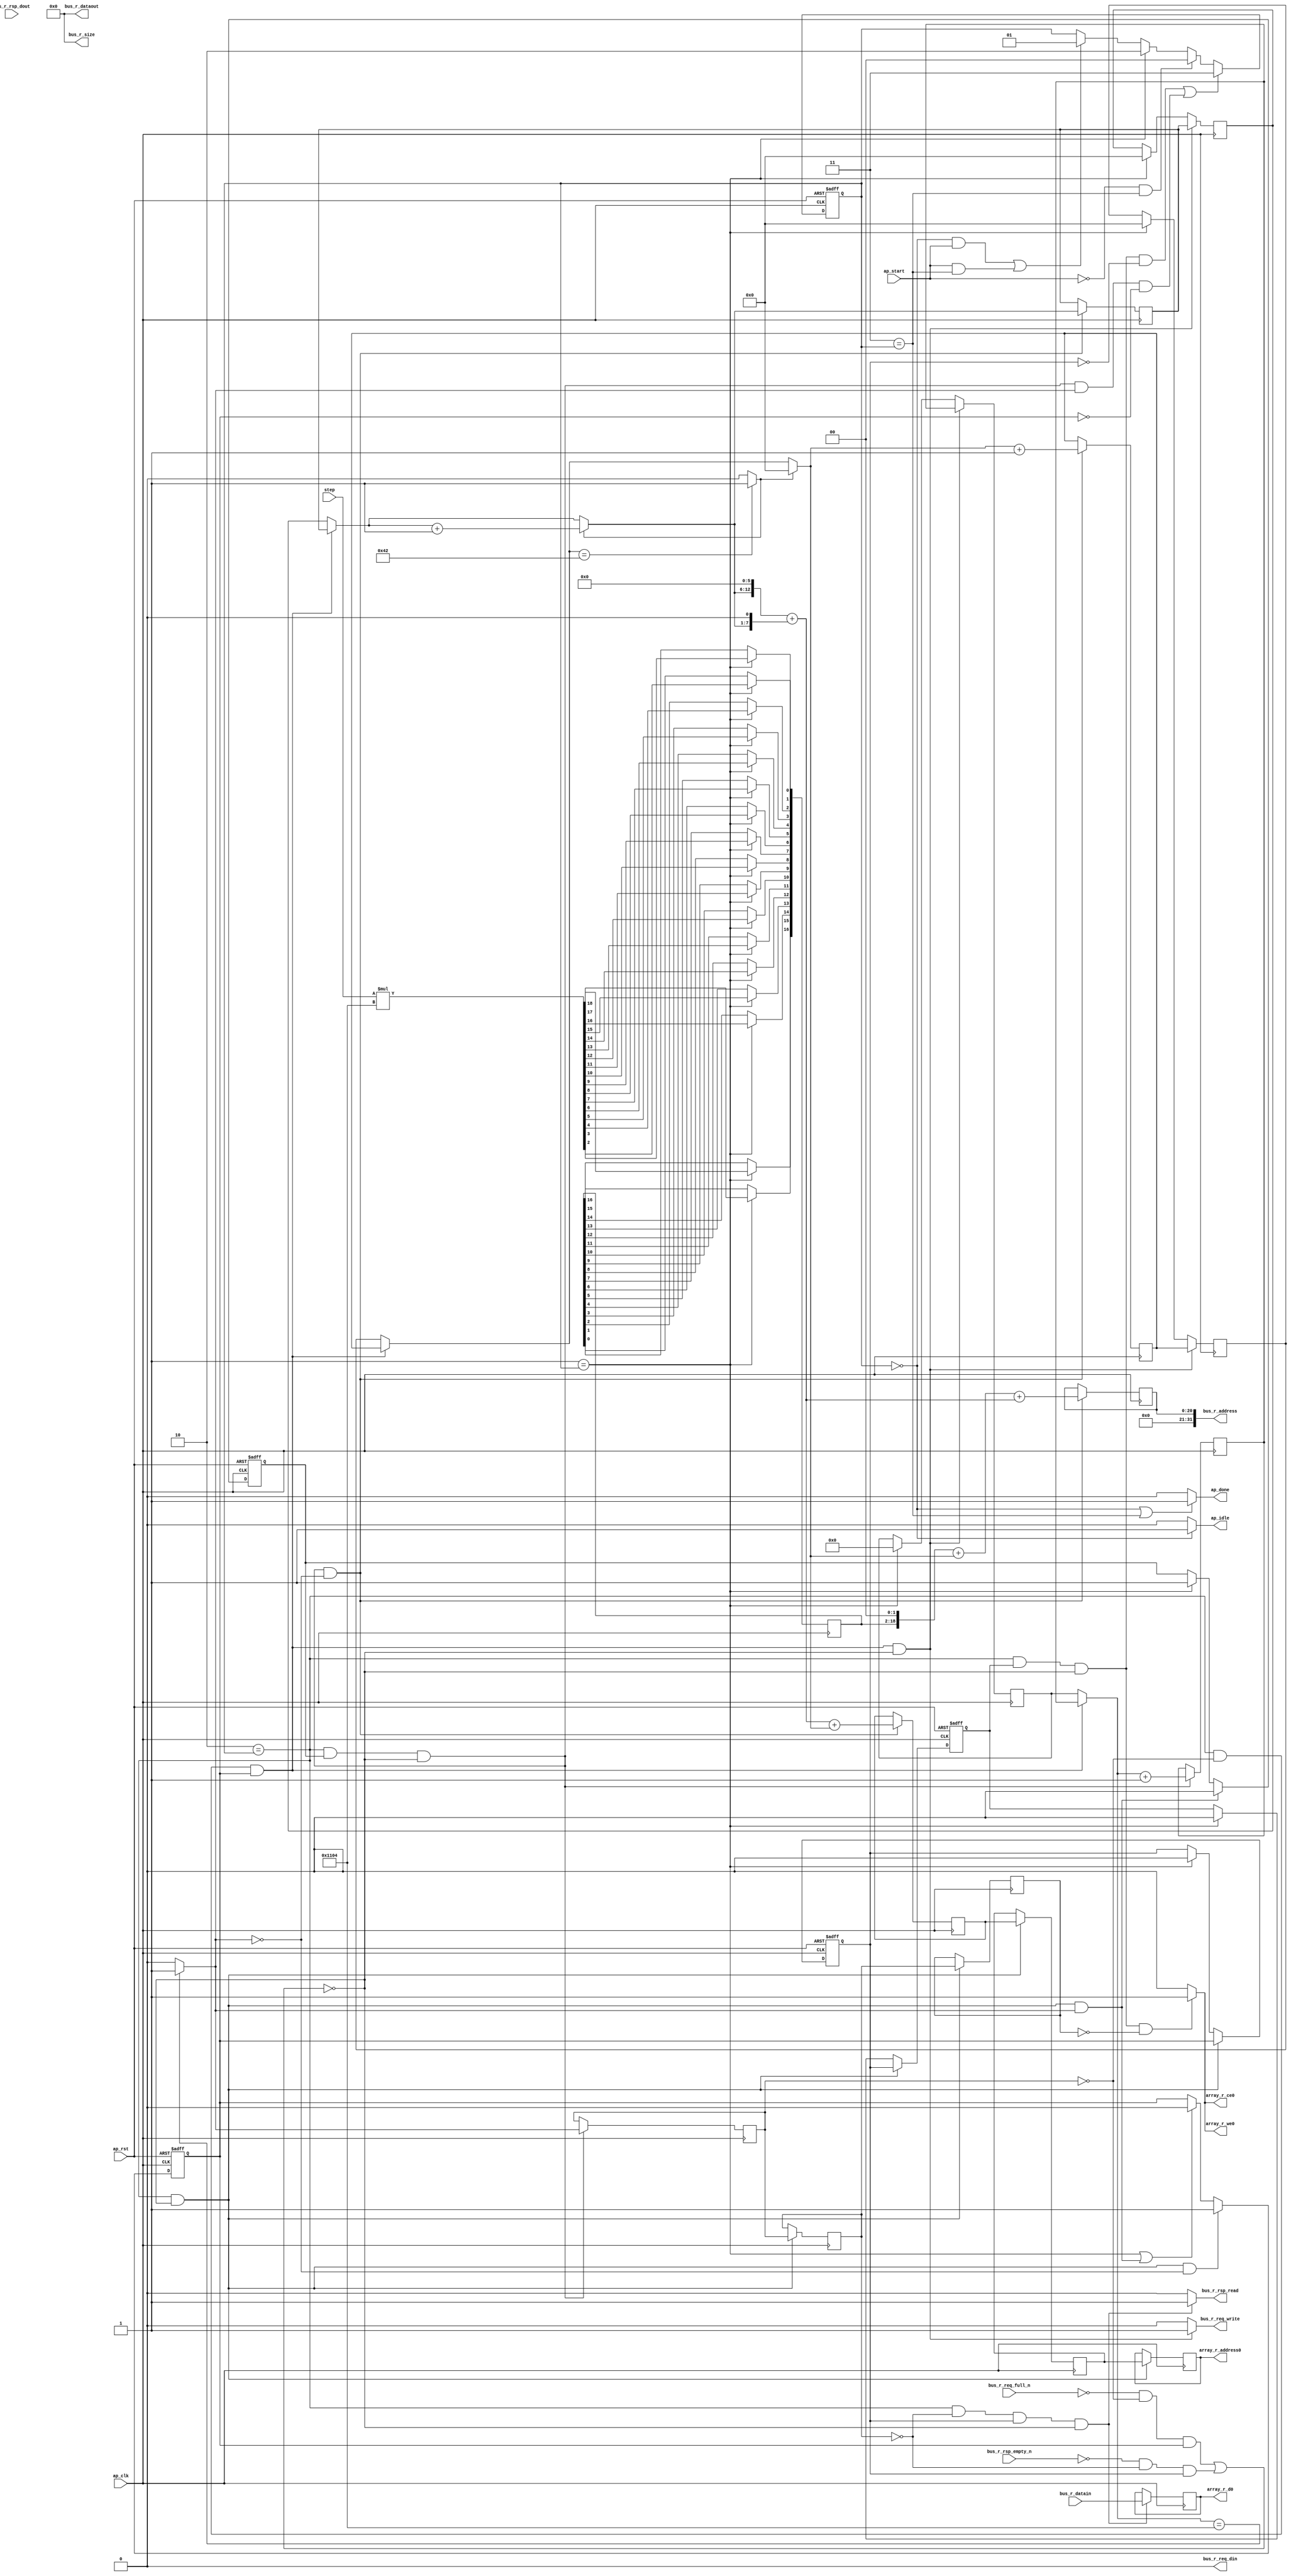
// ==============================================================
// RTL generated by AutoPilot - High-Level Synthesis System (C, C++, SystemC)
// Version: 2010.a.3
// Copyright (C) :2006-2010 AutoESL Design Technologies, Inc.
// 
// ===========================================================

`timescale 1 ns / 1 ps 

module fetch (
        ap_clk,
        ap_rst,
        ap_start,
        ap_done,
        ap_idle,
        step,
        bus_r_req_din,
        bus_r_req_full_n,
        bus_r_req_write,
        bus_r_rsp_dout,
        bus_r_rsp_empty_n,
        bus_r_rsp_read,
        bus_r_address,
        bus_r_datain,
        bus_r_dataout,
        bus_r_size,
        array_r_address0,
        array_r_ce0,
        array_r_we0,
        array_r_d0
);

input   ap_clk;
input   ap_rst;
input   ap_start;
output   ap_done;
output   ap_idle;
input  [5:0] step;
output   bus_r_req_din;
input   bus_r_req_full_n;
output   bus_r_req_write;
input   bus_r_rsp_dout;
input   bus_r_rsp_empty_n;
output   bus_r_rsp_read;
output  [31:0] bus_r_address;
input  [31:0] bus_r_datain;
output  [31:0] bus_r_dataout;
output  [31:0] bus_r_size;
output  [12:0] array_r_address0;
output   array_r_ce0;
output   array_r_we0;
output  [31:0] array_r_d0;

reg ap_done;
reg ap_idle;
reg bus_r_req_write;
reg bus_r_rsp_read;
reg array_r_ce0;
reg array_r_we0;
reg   [1:0] ap_CS_fsm;
reg   [12:0] indvar_flatten_reg_61;
reg   [6:0] i_reg_72;
reg   [6:0] j_reg_83;
wire   [19:0] tmp1_cast_fu_105_p1;
reg   [19:0] tmp1_cast_reg_224;
wire   [0:0] exitcond_fu_109_p2;
reg   [0:0] exitcond_reg_229;
reg    ap_reg_ppiten_pp0_it0;
reg    ap_sig_bdd_57;
reg    ap_reg_ppiten_pp0_it1;
reg   [0:0] ap_reg_ppstg_exitcond_reg_229_pp0_it1;
reg    ap_sig_bdd_65;
reg    ap_reg_ppiten_pp0_it2;
reg    ap_reg_ppiten_pp0_it3;
reg   [0:0] ap_reg_ppstg_exitcond_reg_229_pp0_it2;
reg   [12:0] indvar_next_reg_233;
wire   [6:0] i_mid_fu_141_p3;
reg   [6:0] i_mid_reg_238;
reg   [20:0] tmp3_reg_243;
reg   [12:0] array_addr_reg_248;
reg   [12:0] ap_reg_ppstg_array_addr_reg_248_pp0_it1;
reg   [12:0] ap_reg_ppstg_array_addr_reg_248_pp0_it2;
reg   [6:0] indvar_next1_reg_253;
reg   [31:0] bus_addr_read_reg_263;
reg   [12:0] indvar_flatten_phi_fu_65_p4;
reg   [6:0] i_phi_fu_76_p4;
reg   [6:0] j_phi_fu_87_p4;
wire   [31:0] array_addr1_cast_fu_220_p1;
wire   [63:0] tmp4_fu_210_p1;
wire   [5:0] tmp_fu_99_p0;
wire   [18:0] tmp_fu_99_p2;
wire   [12:0] exitcond_fu_109_p1;
wire   [6:0] exitcond1_fu_127_p1;
wire   [0:0] exitcond1_fu_127_p2;
wire   [6:0] indvar_next4_dup_fu_121_p2;
wire   [12:0] i_cast4_mid_fu_149_p1;
wire   [12:0] p_shl_fu_153_p2;
wire   [12:0] p_shl1_fu_159_p2;
wire   [12:0] tmp1_fu_165_p2;
wire   [6:0] j_mid_fu_133_p3;
wire   [19:0] j_cast_fu_175_p1;
wire   [19:0] tmp2_fu_179_p2;
wire   [20:0] tmp10_cast_fu_184_p1;
wire   [20:0] tmp9_cast_fu_171_p1;
wire   [12:0] tmp8_trn_cast_fu_194_p1;
reg   [1:0] ap_NS_fsm;
wire   [18:0] tmp_fu_99_p00;
parameter    ap_const_logic_1 = 1'b1;
parameter    ap_const_logic_0 = 1'b0;
parameter    ap_ST_st0_fsm_0 = 2'b00;
parameter    ap_ST_st1_fsm_1 = 2'b01;
parameter    ap_ST_pp0_stg0_fsm_2 = 2'b10;
parameter    ap_ST_st6_fsm_3 = 2'b11;
parameter    ap_const_lv1_0 = 1'b0;
parameter    ap_const_lv13_0 = 13'b0000000000000;
parameter    ap_const_lv7_0 = 7'b0000000;
parameter    ap_const_lv32_0 = 32'b00000000000000000000000000000000;
parameter    ap_const_lv19_1104 = 19'b0000001000100000100;
parameter    ap_const_lv13_1104 = 13'b1000100000100;
parameter    ap_const_lv13_1 = 13'b0000000000001;
parameter    ap_const_lv7_1 = 7'b0000001;
parameter    ap_const_lv7_42 = 7'b1000010;
parameter    ap_const_lv13_6 = 13'b0000000000110;
parameter    ap_true = 1'b1;




/// ap_CS_fsm assign process. ///
always @ (posedge ap_rst or posedge ap_clk)
begin : ap_ret_ap_CS_fsm
    if (ap_rst == 1'b1) begin
        ap_CS_fsm <= ap_ST_st0_fsm_0;
    end else begin
        ap_CS_fsm <= ap_NS_fsm;
    end
end

/// ap_reg_ppiten_pp0_it0 assign process. ///
always @ (posedge ap_rst or posedge ap_clk)
begin : ap_ret_ap_reg_ppiten_pp0_it0
    if (ap_rst == 1'b1) begin
        ap_reg_ppiten_pp0_it0 <= ap_const_logic_0;
    end else begin
        if (((ap_ST_pp0_stg0_fsm_2 == ap_CS_fsm) & ~((ap_sig_bdd_57 & (ap_const_logic_1 == ap_reg_ppiten_pp0_it1)) | (ap_sig_bdd_65 & (ap_const_logic_1 == ap_reg_ppiten_pp0_it2))) & ~(exitcond_fu_109_p2 == ap_const_lv1_0))) begin
            ap_reg_ppiten_pp0_it0 <= ap_const_logic_0;
        end else if ((ap_ST_st1_fsm_1 == ap_CS_fsm)) begin
            ap_reg_ppiten_pp0_it0 <= ap_const_logic_1;
        end
    end
end

/// ap_reg_ppiten_pp0_it1 assign process. ///
always @ (posedge ap_rst or posedge ap_clk)
begin : ap_ret_ap_reg_ppiten_pp0_it1
    if (ap_rst == 1'b1) begin
        ap_reg_ppiten_pp0_it1 <= ap_const_logic_0;
    end else begin
        if (((ap_ST_pp0_stg0_fsm_2 == ap_CS_fsm) & ~((ap_sig_bdd_57 & (ap_const_logic_1 == ap_reg_ppiten_pp0_it1)) | (ap_sig_bdd_65 & (ap_const_logic_1 == ap_reg_ppiten_pp0_it2))) & (exitcond_fu_109_p2 == ap_const_lv1_0))) begin
            ap_reg_ppiten_pp0_it1 <= ap_const_logic_1;
        end else if (((ap_ST_st1_fsm_1 == ap_CS_fsm) | ((ap_ST_pp0_stg0_fsm_2 == ap_CS_fsm) & ~((ap_sig_bdd_57 & (ap_const_logic_1 == ap_reg_ppiten_pp0_it1)) | (ap_sig_bdd_65 & (ap_const_logic_1 == ap_reg_ppiten_pp0_it2))) & ~(exitcond_fu_109_p2 == ap_const_lv1_0)))) begin
            ap_reg_ppiten_pp0_it1 <= ap_const_logic_0;
        end
    end
end

/// ap_reg_ppiten_pp0_it2 assign process. ///
always @ (posedge ap_rst or posedge ap_clk)
begin : ap_ret_ap_reg_ppiten_pp0_it2
    if (ap_rst == 1'b1) begin
        ap_reg_ppiten_pp0_it2 <= ap_const_logic_0;
    end else begin
        if (((ap_ST_pp0_stg0_fsm_2 == ap_CS_fsm) & ~((ap_sig_bdd_57 & (ap_const_logic_1 == ap_reg_ppiten_pp0_it1)) | (ap_sig_bdd_65 & (ap_const_logic_1 == ap_reg_ppiten_pp0_it2))))) begin
            ap_reg_ppiten_pp0_it2 <= ap_reg_ppiten_pp0_it1;
        end else if ((ap_ST_st1_fsm_1 == ap_CS_fsm)) begin
            ap_reg_ppiten_pp0_it2 <= ap_const_logic_0;
        end
    end
end

/// ap_reg_ppiten_pp0_it3 assign process. ///
always @ (posedge ap_rst or posedge ap_clk)
begin : ap_ret_ap_reg_ppiten_pp0_it3
    if (ap_rst == 1'b1) begin
        ap_reg_ppiten_pp0_it3 <= ap_const_logic_0;
    end else begin
        if (((ap_ST_pp0_stg0_fsm_2 == ap_CS_fsm) & ~((ap_sig_bdd_57 & (ap_const_logic_1 == ap_reg_ppiten_pp0_it1)) | (ap_sig_bdd_65 & (ap_const_logic_1 == ap_reg_ppiten_pp0_it2))))) begin
            ap_reg_ppiten_pp0_it3 <= ap_reg_ppiten_pp0_it2;
        end else if ((ap_ST_st1_fsm_1 == ap_CS_fsm)) begin
            ap_reg_ppiten_pp0_it3 <= ap_const_logic_0;
        end
    end
end

/// assign process. ///
always @(posedge ap_clk)
begin
    if (((ap_ST_pp0_stg0_fsm_2 == ap_CS_fsm) & ~((ap_sig_bdd_57 & (ap_const_logic_1 == ap_reg_ppiten_pp0_it1)) | (ap_sig_bdd_65 & (ap_const_logic_1 == ap_reg_ppiten_pp0_it2))))) begin
        ap_reg_ppstg_array_addr_reg_248_pp0_it1 <= array_addr_reg_248;
    end
    if (((ap_ST_pp0_stg0_fsm_2 == ap_CS_fsm) & ~((ap_sig_bdd_57 & (ap_const_logic_1 == ap_reg_ppiten_pp0_it1)) | (ap_sig_bdd_65 & (ap_const_logic_1 == ap_reg_ppiten_pp0_it2))))) begin
        ap_reg_ppstg_array_addr_reg_248_pp0_it2 <= ap_reg_ppstg_array_addr_reg_248_pp0_it1;
    end
    if (((ap_ST_pp0_stg0_fsm_2 == ap_CS_fsm) & ~((ap_sig_bdd_57 & (ap_const_logic_1 == ap_reg_ppiten_pp0_it1)) | (ap_sig_bdd_65 & (ap_const_logic_1 == ap_reg_ppiten_pp0_it2))))) begin
        ap_reg_ppstg_exitcond_reg_229_pp0_it1 <= exitcond_reg_229;
    end
    if (((ap_ST_pp0_stg0_fsm_2 == ap_CS_fsm) & ~((ap_sig_bdd_57 & (ap_const_logic_1 == ap_reg_ppiten_pp0_it1)) | (ap_sig_bdd_65 & (ap_const_logic_1 == ap_reg_ppiten_pp0_it2))))) begin
        ap_reg_ppstg_exitcond_reg_229_pp0_it2 <= ap_reg_ppstg_exitcond_reg_229_pp0_it1;
    end
    if (((ap_ST_pp0_stg0_fsm_2 == ap_CS_fsm) & (ap_const_logic_1 == ap_reg_ppiten_pp0_it0) & ~((ap_sig_bdd_57 & (ap_const_logic_1 == ap_reg_ppiten_pp0_it1)) | (ap_sig_bdd_65 & (ap_const_logic_1 == ap_reg_ppiten_pp0_it2))) & (exitcond_fu_109_p2 == ap_const_lv1_0))) begin
        array_addr_reg_248 <= (tmp1_fu_165_p2 + tmp8_trn_cast_fu_194_p1);
    end
    if (((ap_ST_pp0_stg0_fsm_2 == ap_CS_fsm) & (ap_const_lv1_0 == ap_reg_ppstg_exitcond_reg_229_pp0_it1) & (ap_const_logic_1 == ap_reg_ppiten_pp0_it2) & ~((ap_sig_bdd_57 & (ap_const_logic_1 == ap_reg_ppiten_pp0_it1)) | (ap_sig_bdd_65 & (ap_const_logic_1 == ap_reg_ppiten_pp0_it2))))) begin
        bus_addr_read_reg_263 <= bus_r_datain;
    end
    if (((ap_ST_pp0_stg0_fsm_2 == ap_CS_fsm) & (ap_const_logic_1 == ap_reg_ppiten_pp0_it0) & ~((ap_sig_bdd_57 & (ap_const_logic_1 == ap_reg_ppiten_pp0_it1)) | (ap_sig_bdd_65 & (ap_const_logic_1 == ap_reg_ppiten_pp0_it2))))) begin
        exitcond_reg_229 <= (indvar_flatten_phi_fu_65_p4 == exitcond_fu_109_p1? 1'b1: 1'b0);
    end
    if (((ap_ST_pp0_stg0_fsm_2 == ap_CS_fsm) & (ap_const_logic_1 == ap_reg_ppiten_pp0_it0) & ~((ap_sig_bdd_57 & (ap_const_logic_1 == ap_reg_ppiten_pp0_it1)) | (ap_sig_bdd_65 & (ap_const_logic_1 == ap_reg_ppiten_pp0_it2))) & (exitcond_fu_109_p2 == ap_const_lv1_0))) begin
        if (exitcond1_fu_127_p2) begin
            i_mid_reg_238 <= indvar_next4_dup_fu_121_p2;
        end else begin
            i_mid_reg_238 <= i_phi_fu_76_p4;
        end

    end
    if (((ap_ST_pp0_stg0_fsm_2 == ap_CS_fsm) & (exitcond_reg_229 == ap_const_lv1_0) & (ap_const_logic_1 == ap_reg_ppiten_pp0_it1) & ~((ap_sig_bdd_57 & (ap_const_logic_1 == ap_reg_ppiten_pp0_it1)) | (ap_sig_bdd_65 & (ap_const_logic_1 == ap_reg_ppiten_pp0_it2))))) begin
        i_reg_72 <= i_mid_reg_238;
    end else if ((ap_ST_st1_fsm_1 == ap_CS_fsm)) begin
        i_reg_72 <= ap_const_lv7_0;
    end
    if (((ap_ST_pp0_stg0_fsm_2 == ap_CS_fsm) & (exitcond_reg_229 == ap_const_lv1_0) & (ap_const_logic_1 == ap_reg_ppiten_pp0_it1) & ~((ap_sig_bdd_57 & (ap_const_logic_1 == ap_reg_ppiten_pp0_it1)) | (ap_sig_bdd_65 & (ap_const_logic_1 == ap_reg_ppiten_pp0_it2))))) begin
        indvar_flatten_reg_61 <= indvar_next_reg_233;
    end else if ((ap_ST_st1_fsm_1 == ap_CS_fsm)) begin
        indvar_flatten_reg_61 <= ap_const_lv13_0;
    end
    if (((ap_ST_pp0_stg0_fsm_2 == ap_CS_fsm) & (ap_const_logic_1 == ap_reg_ppiten_pp0_it0) & ~((ap_sig_bdd_57 & (ap_const_logic_1 == ap_reg_ppiten_pp0_it1)) | (ap_sig_bdd_65 & (ap_const_logic_1 == ap_reg_ppiten_pp0_it2))) & (exitcond_fu_109_p2 == ap_const_lv1_0))) begin
        indvar_next1_reg_253 <= (j_mid_fu_133_p3 + ap_const_lv7_1);
    end
    if (((ap_ST_pp0_stg0_fsm_2 == ap_CS_fsm) & (ap_const_logic_1 == ap_reg_ppiten_pp0_it0) & ~((ap_sig_bdd_57 & (ap_const_logic_1 == ap_reg_ppiten_pp0_it1)) | (ap_sig_bdd_65 & (ap_const_logic_1 == ap_reg_ppiten_pp0_it2))))) begin
        indvar_next_reg_233 <= (indvar_flatten_phi_fu_65_p4 + ap_const_lv13_1);
    end
    if (((ap_ST_pp0_stg0_fsm_2 == ap_CS_fsm) & (exitcond_reg_229 == ap_const_lv1_0) & (ap_const_logic_1 == ap_reg_ppiten_pp0_it1) & ~((ap_sig_bdd_57 & (ap_const_logic_1 == ap_reg_ppiten_pp0_it1)) | (ap_sig_bdd_65 & (ap_const_logic_1 == ap_reg_ppiten_pp0_it2))))) begin
        j_reg_83 <= indvar_next1_reg_253;
    end else if ((ap_ST_st1_fsm_1 == ap_CS_fsm)) begin
        j_reg_83 <= ap_const_lv7_0;
    end
    if ((ap_ST_st1_fsm_1 == ap_CS_fsm)) begin
        tmp1_cast_reg_224[2] <= tmp1_cast_fu_105_p1[2];
        tmp1_cast_reg_224[3] <= tmp1_cast_fu_105_p1[3];
        tmp1_cast_reg_224[4] <= tmp1_cast_fu_105_p1[4];
        tmp1_cast_reg_224[5] <= tmp1_cast_fu_105_p1[5];
        tmp1_cast_reg_224[6] <= tmp1_cast_fu_105_p1[6];
        tmp1_cast_reg_224[7] <= tmp1_cast_fu_105_p1[7];
        tmp1_cast_reg_224[8] <= tmp1_cast_fu_105_p1[8];
        tmp1_cast_reg_224[9] <= tmp1_cast_fu_105_p1[9];
        tmp1_cast_reg_224[10] <= tmp1_cast_fu_105_p1[10];
        tmp1_cast_reg_224[11] <= tmp1_cast_fu_105_p1[11];
        tmp1_cast_reg_224[12] <= tmp1_cast_fu_105_p1[12];
        tmp1_cast_reg_224[13] <= tmp1_cast_fu_105_p1[13];
        tmp1_cast_reg_224[14] <= tmp1_cast_fu_105_p1[14];
        tmp1_cast_reg_224[15] <= tmp1_cast_fu_105_p1[15];
        tmp1_cast_reg_224[16] <= tmp1_cast_fu_105_p1[16];
        tmp1_cast_reg_224[17] <= tmp1_cast_fu_105_p1[17];
        tmp1_cast_reg_224[18] <= tmp1_cast_fu_105_p1[18];
    end
    if (((ap_ST_pp0_stg0_fsm_2 == ap_CS_fsm) & (ap_const_logic_1 == ap_reg_ppiten_pp0_it0) & ~((ap_sig_bdd_57 & (ap_const_logic_1 == ap_reg_ppiten_pp0_it1)) | (ap_sig_bdd_65 & (ap_const_logic_1 == ap_reg_ppiten_pp0_it2))) & (exitcond_fu_109_p2 == ap_const_lv1_0))) begin
        tmp3_reg_243 <= (tmp10_cast_fu_184_p1 + tmp9_cast_fu_171_p1);
    end
end

/// ap_NS_fsm assign process. ///
always @ (ap_start or ap_CS_fsm or exitcond_fu_109_p2 or ap_reg_ppiten_pp0_it0 or ap_sig_bdd_57 or ap_reg_ppiten_pp0_it1 or ap_sig_bdd_65 or ap_reg_ppiten_pp0_it2 or ap_reg_ppiten_pp0_it3)
begin
    if ((((ap_ST_pp0_stg0_fsm_2 == ap_CS_fsm) & (ap_const_logic_1 == ap_reg_ppiten_pp0_it3) & ~((ap_sig_bdd_57 & (ap_const_logic_1 == ap_reg_ppiten_pp0_it1)) | (ap_sig_bdd_65 & (ap_const_logic_1 == ap_reg_ppiten_pp0_it2))) & ~(ap_const_logic_1 == ap_reg_ppiten_pp0_it2)) | ((ap_ST_pp0_stg0_fsm_2 == ap_CS_fsm) & (ap_const_logic_1 == ap_reg_ppiten_pp0_it0) & ~((ap_sig_bdd_57 & (ap_const_logic_1 == ap_reg_ppiten_pp0_it1)) | (ap_sig_bdd_65 & (ap_const_logic_1 == ap_reg_ppiten_pp0_it2))) & ~(exitcond_fu_109_p2 == ap_const_lv1_0) & ~(ap_const_logic_1 == ap_reg_ppiten_pp0_it1)))) begin
        ap_NS_fsm = ap_ST_st6_fsm_3;
    end else if ((~(ap_const_logic_1 == ap_start) & (ap_ST_st6_fsm_3 == ap_CS_fsm))) begin
        ap_NS_fsm = ap_ST_st0_fsm_0;
    end else if ((ap_ST_st1_fsm_1 == ap_CS_fsm)) begin
        ap_NS_fsm = ap_ST_pp0_stg0_fsm_2;
    end else if ((((ap_ST_st0_fsm_0 == ap_CS_fsm) & (ap_const_logic_1 == ap_start)) | ((ap_const_logic_1 == ap_start) & (ap_ST_st6_fsm_3 == ap_CS_fsm)))) begin
        ap_NS_fsm = ap_ST_st1_fsm_1;
    end else begin
        ap_NS_fsm = ap_CS_fsm;
    end
end

/// ap_done assign process. ///
always @ (ap_CS_fsm)
begin
    if (((ap_ST_st0_fsm_0 == ap_CS_fsm) | (ap_ST_st6_fsm_3 == ap_CS_fsm))) begin
        ap_done = ap_const_logic_1;
    end else begin
        ap_done = ap_const_logic_0;
    end
end

/// ap_idle assign process. ///
always @ (ap_CS_fsm)
begin
    if ((ap_ST_st0_fsm_0 == ap_CS_fsm)) begin
        ap_idle = ap_const_logic_1;
    end else begin
        ap_idle = ap_const_logic_0;
    end
end

/// array_r_ce0 assign process. ///
always @ (ap_CS_fsm or ap_sig_bdd_57 or ap_reg_ppiten_pp0_it1 or ap_sig_bdd_65 or ap_reg_ppiten_pp0_it2 or ap_reg_ppiten_pp0_it3 or ap_reg_ppstg_exitcond_reg_229_pp0_it2)
begin
    if (((ap_ST_pp0_stg0_fsm_2 == ap_CS_fsm) & (ap_const_logic_1 == ap_reg_ppiten_pp0_it3) & ~((ap_sig_bdd_57 & (ap_const_logic_1 == ap_reg_ppiten_pp0_it1)) | (ap_sig_bdd_65 & (ap_const_logic_1 == ap_reg_ppiten_pp0_it2))) & (ap_const_lv1_0 == ap_reg_ppstg_exitcond_reg_229_pp0_it2))) begin
        array_r_ce0 = ap_const_logic_1;
    end else begin
        array_r_ce0 = ap_const_logic_0;
    end
end

/// array_r_we0 assign process. ///
always @ (ap_CS_fsm or ap_sig_bdd_57 or ap_reg_ppiten_pp0_it1 or ap_sig_bdd_65 or ap_reg_ppiten_pp0_it2 or ap_reg_ppiten_pp0_it3 or ap_reg_ppstg_exitcond_reg_229_pp0_it2)
begin
    if (((ap_ST_pp0_stg0_fsm_2 == ap_CS_fsm) & (ap_const_logic_1 == ap_reg_ppiten_pp0_it3) & ~((ap_sig_bdd_57 & (ap_const_logic_1 == ap_reg_ppiten_pp0_it1)) | (ap_sig_bdd_65 & (ap_const_logic_1 == ap_reg_ppiten_pp0_it2))) & (ap_const_lv1_0 == ap_reg_ppstg_exitcond_reg_229_pp0_it2))) begin
        array_r_we0 = ap_const_logic_1;
    end else begin
        array_r_we0 = ap_const_logic_0;
    end
end

/// bus_r_req_write assign process. ///
always @ (ap_CS_fsm or exitcond_reg_229 or ap_sig_bdd_57 or ap_reg_ppiten_pp0_it1 or ap_sig_bdd_65 or ap_reg_ppiten_pp0_it2)
begin
    if (((ap_ST_pp0_stg0_fsm_2 == ap_CS_fsm) & (exitcond_reg_229 == ap_const_lv1_0) & (ap_const_logic_1 == ap_reg_ppiten_pp0_it1) & ~((ap_sig_bdd_57 & (ap_const_logic_1 == ap_reg_ppiten_pp0_it1)) | (ap_sig_bdd_65 & (ap_const_logic_1 == ap_reg_ppiten_pp0_it2))))) begin
        bus_r_req_write = ap_const_logic_1;
    end else begin
        bus_r_req_write = ap_const_logic_0;
    end
end

/// bus_r_rsp_read assign process. ///
always @ (ap_CS_fsm or ap_sig_bdd_57 or ap_reg_ppiten_pp0_it1 or ap_reg_ppstg_exitcond_reg_229_pp0_it1 or ap_sig_bdd_65 or ap_reg_ppiten_pp0_it2)
begin
    if (((ap_ST_pp0_stg0_fsm_2 == ap_CS_fsm) & (ap_const_lv1_0 == ap_reg_ppstg_exitcond_reg_229_pp0_it1) & (ap_const_logic_1 == ap_reg_ppiten_pp0_it2) & ~((ap_sig_bdd_57 & (ap_const_logic_1 == ap_reg_ppiten_pp0_it1)) | (ap_sig_bdd_65 & (ap_const_logic_1 == ap_reg_ppiten_pp0_it2))))) begin
        bus_r_rsp_read = ap_const_logic_1;
    end else begin
        bus_r_rsp_read = ap_const_logic_0;
    end
end

/// i_phi_fu_76_p4 assign process. ///
always @ (ap_CS_fsm or i_reg_72 or exitcond_reg_229 or ap_reg_ppiten_pp0_it1 or i_mid_reg_238)
begin
    if (((ap_ST_pp0_stg0_fsm_2 == ap_CS_fsm) & (exitcond_reg_229 == ap_const_lv1_0) & (ap_const_logic_1 == ap_reg_ppiten_pp0_it1))) begin
        i_phi_fu_76_p4 = i_mid_reg_238;
    end else begin
        i_phi_fu_76_p4 = i_reg_72;
    end
end

/// indvar_flatten_phi_fu_65_p4 assign process. ///
always @ (ap_CS_fsm or indvar_flatten_reg_61 or exitcond_reg_229 or ap_reg_ppiten_pp0_it1 or indvar_next_reg_233)
begin
    if (((ap_ST_pp0_stg0_fsm_2 == ap_CS_fsm) & (exitcond_reg_229 == ap_const_lv1_0) & (ap_const_logic_1 == ap_reg_ppiten_pp0_it1))) begin
        indvar_flatten_phi_fu_65_p4 = indvar_next_reg_233;
    end else begin
        indvar_flatten_phi_fu_65_p4 = indvar_flatten_reg_61;
    end
end

/// j_phi_fu_87_p4 assign process. ///
always @ (ap_CS_fsm or j_reg_83 or exitcond_reg_229 or ap_reg_ppiten_pp0_it1 or indvar_next1_reg_253)
begin
    if (((ap_ST_pp0_stg0_fsm_2 == ap_CS_fsm) & (exitcond_reg_229 == ap_const_lv1_0) & (ap_const_logic_1 == ap_reg_ppiten_pp0_it1))) begin
        j_phi_fu_87_p4 = indvar_next1_reg_253;
    end else begin
        j_phi_fu_87_p4 = j_reg_83;
    end
end

/// ap_sig_bdd_57 assign process. ///
always @ (bus_r_req_full_n or exitcond_reg_229)
begin
    ap_sig_bdd_57 = ((bus_r_req_full_n == ap_const_logic_0) & (exitcond_reg_229 == ap_const_lv1_0));
end

/// ap_sig_bdd_65 assign process. ///
always @ (bus_r_rsp_empty_n or ap_reg_ppstg_exitcond_reg_229_pp0_it1)
begin
    ap_sig_bdd_65 = ((bus_r_rsp_empty_n == ap_const_logic_0) & (ap_const_lv1_0 == ap_reg_ppstg_exitcond_reg_229_pp0_it1));
end
assign array_addr1_cast_fu_220_p1 = {{19{1'b0}}, {ap_reg_ppstg_array_addr_reg_248_pp0_it2}};
assign array_r_address0 = array_addr1_cast_fu_220_p1;
assign array_r_d0 = bus_addr_read_reg_263;
assign bus_r_address = tmp4_fu_210_p1;
assign bus_r_dataout = ap_const_lv32_0;
assign bus_r_req_din = ap_const_logic_0;
assign bus_r_size = ap_const_lv32_0;
assign exitcond1_fu_127_p1 = ap_const_lv7_42;
assign exitcond1_fu_127_p2 = (j_phi_fu_87_p4 == exitcond1_fu_127_p1? 1'b1: 1'b0);
assign exitcond_fu_109_p1 = ap_const_lv13_1104;
assign exitcond_fu_109_p2 = (indvar_flatten_phi_fu_65_p4 == exitcond_fu_109_p1? 1'b1: 1'b0);
assign i_cast4_mid_fu_149_p1 = {{6{1'b0}}, {i_mid_fu_141_p3}};
assign i_mid_fu_141_p3 = ((exitcond1_fu_127_p2)? indvar_next4_dup_fu_121_p2: i_phi_fu_76_p4);
assign indvar_next4_dup_fu_121_p2 = (i_phi_fu_76_p4 + ap_const_lv7_1);
assign j_cast_fu_175_p1 = {{13{1'b0}}, {j_mid_fu_133_p3}};
assign j_mid_fu_133_p3 = ((exitcond1_fu_127_p2)? ap_const_lv7_0: j_phi_fu_87_p4);
assign p_shl1_fu_159_p2 = i_cast4_mid_fu_149_p1 << ap_const_lv13_1;
assign p_shl_fu_153_p2 = i_cast4_mid_fu_149_p1 << ap_const_lv13_6;
assign tmp10_cast_fu_184_p1 = {{1{1'b0}}, {tmp2_fu_179_p2}};
assign tmp1_cast_fu_105_p1 = {{1{1'b0}}, {tmp_fu_99_p2}};
assign tmp1_fu_165_p2 = (p_shl_fu_153_p2 + p_shl1_fu_159_p2);
assign tmp2_fu_179_p2 = (tmp1_cast_reg_224 + j_cast_fu_175_p1);
assign tmp4_fu_210_p1 = {{43{1'b0}}, {tmp3_reg_243}};
assign tmp8_trn_cast_fu_194_p1 = {{6{1'b0}}, {j_mid_fu_133_p3}};
assign tmp9_cast_fu_171_p1 = {{8{1'b0}}, {tmp1_fu_165_p2}};
assign tmp_fu_99_p0 = tmp_fu_99_p00;
assign tmp_fu_99_p00 = {{13{1'b0}}, {step}};
assign tmp_fu_99_p2 = (tmp_fu_99_p0 * $signed('h1104));
always @ (ap_clk)
begin
    tmp1_cast_reg_224[0] <= 1'b0;
    tmp1_cast_reg_224[1] <= 1'b0;
    tmp1_cast_reg_224[19] <= 1'b0;
end



endmodule //fetch